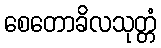
စေတောခိလသုတ္တံ